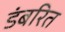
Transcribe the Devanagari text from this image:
डंबरित